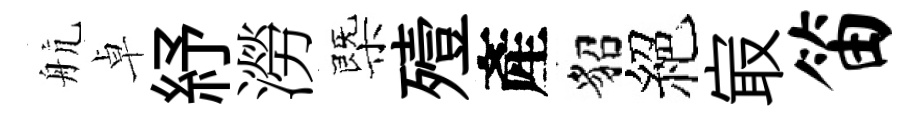
航卓紓澇㮣殪產貂絕㝡笛